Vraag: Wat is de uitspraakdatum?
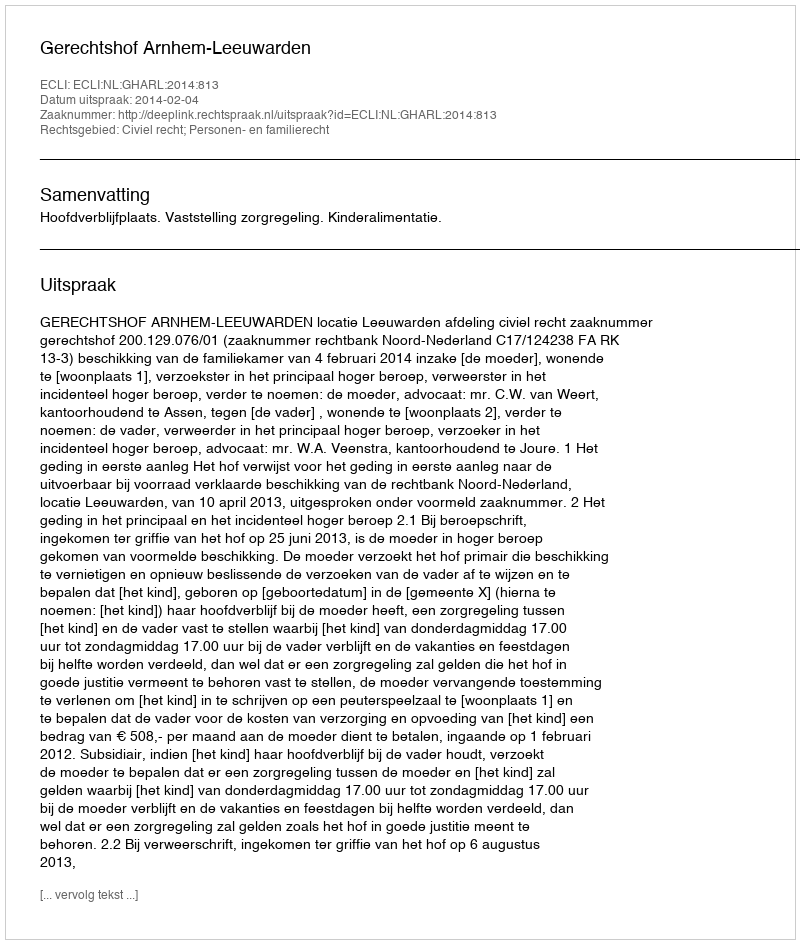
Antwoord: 2014-02-04